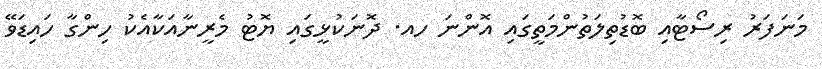
މަނަފަރު ރިސޯޓާއި ބޮޑުތިލަތުންމަތީގައި އޮންނަ ހއ. ދޮނަކުޅީގައި ޔޮޓު މެރީނާއަކާއެކު ހިންގާ ހައިޑަވޭ